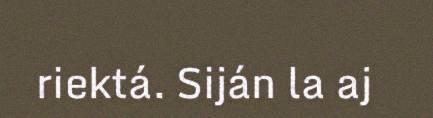
riektá. Siján la aj